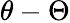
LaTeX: \theta-\Theta